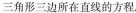
三角形三边所在直线的方程。